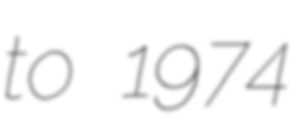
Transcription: to 1974